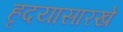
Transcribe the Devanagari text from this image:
हृदयासारखे